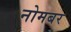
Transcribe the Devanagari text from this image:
नोमबर